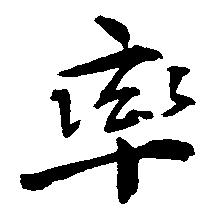
率